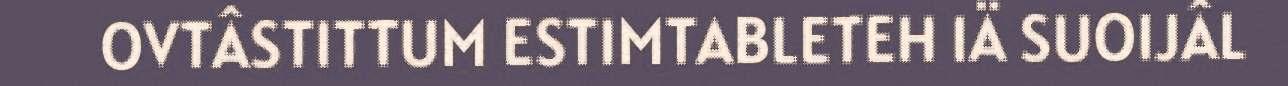
OVTÂSTITTUM ESTIMTABLETEH IÄ SUOIJÂL